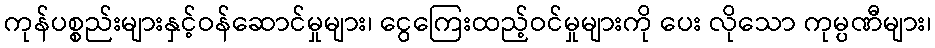
ကုန်ပစ္စည်းများနှင့်ဝန်ဆောင်မှုများ၊ ငွေကြေးထည့်ဝင်မှုများကို ပေး လိုသော ကုမ္ပဏီများ၊